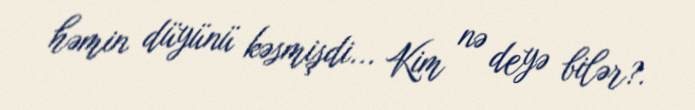
həmin düyünü kəsmişdi... Kim nə deyə bilər?.